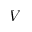
V